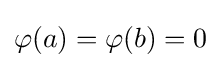
\varphi (a)=\varphi (b)=0